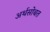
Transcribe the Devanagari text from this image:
अर्थसोबत